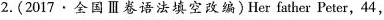
2.(2017.全国Ⅲ卷语法填空改编)Herfather Peter,44,